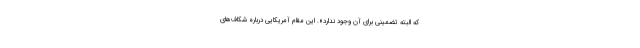
که البته تضمینی برای آن وجود ندارد». این مقام آمریکایی درباره شکاف‌های